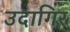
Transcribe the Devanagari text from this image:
उदागिर